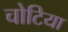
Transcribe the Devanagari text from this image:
चोटिया